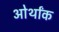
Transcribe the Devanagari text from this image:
ओर्थांक